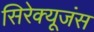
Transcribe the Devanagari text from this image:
सिरेक्यूजंस